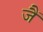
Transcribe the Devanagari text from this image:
जैं